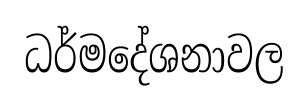
ධර්මදේශනාවල